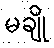
မချို